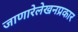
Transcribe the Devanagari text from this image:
जाणारेलेखनप्रकार